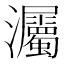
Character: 灟